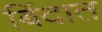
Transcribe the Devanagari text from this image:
बिंदात